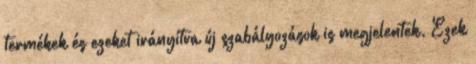
termékek és ezeket irányítva új szabályozások is megjelentek. Ezek